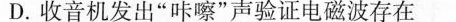
D.收音机发出”咔嚓”声验证电磁波存在